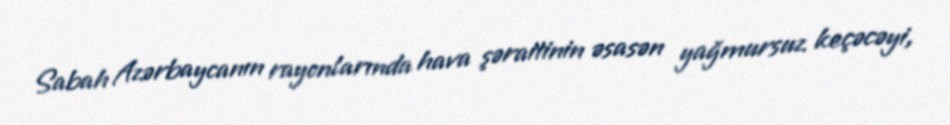
Sabah Azərbaycanın rayonlarında hava şəraitinin əsasən yağmursuz keçəcəyi,